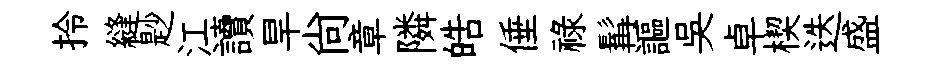
拎縫尟江讀旱尚章隣皓倕祿髯謳吴卓楔迭盛